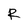
Character: R